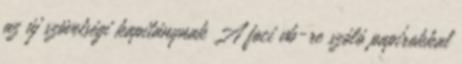
az új szövetségi kapitánynak A foci vb-re szóló papírokkal